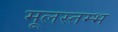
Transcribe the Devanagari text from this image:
मूलस्तम्भ